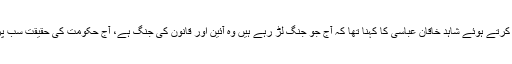
شاد باغ میں جمعیت علماء اسلام کے وفد سے ملاقات کے بعد پریس کانفرنس کرتے ہوئے شاہد خاقان عباسی کا کہنا تھا کہ آج جو جنگ لڑ رہے ہیں وہ آئین اور قانون کی جنگ ہے، آج حکومت کی حقیقت سب پر عیاں ہو چکی ہے، ڈالر کی قیمت بڑھنے سے قرضوں کا حجم بھی بڑھا ہے۔